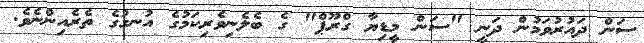
ސަން ދައުރުވަމުން ދަނީ "ސަން މީޑިޔާ ގްރޫޕް" ގެ ބެލެނިވެރިކަމުގެ އުނގުގެ ތެރެއިންނެވެ.